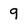
Character: 9